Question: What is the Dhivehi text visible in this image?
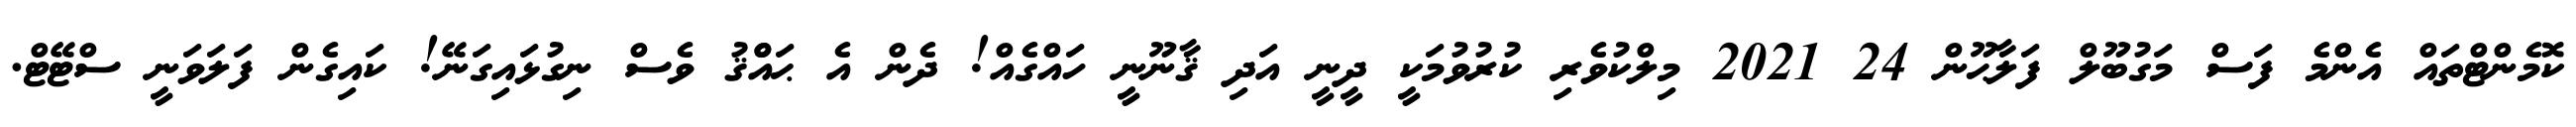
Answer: ކޮމެންޓްތައް އެންމެ ފަސް މަގުބޫލް ފަލާޙޫން 24 2021 މިލްކުވެރި ކުރުވުމަކީ ދީނީ އަދި ޤާނޫނީ ހައްގެއް! ދެން އެ ޙައްްޤު ވެސް ނިގުޅައިގަނޭ! ކައިގެން ފަލަވަނީ ސްޓޭޓް.